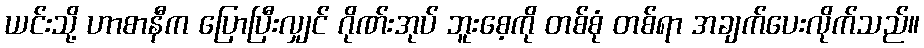
ယင်းသို့ ဟာစာနီက ပြောပြီးလျှင် ဂိုဏ်းအုပ် ဘူးစေ့ကို တစ်စုံ တစ်ရာ အချက်ပေးလိုက်သည်။